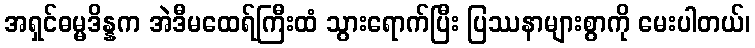
အရှင်ဓမ္မဒိန္နက အဲဒီမထေရ်ကြီးထံ သွားရောက်ပြီး ပြဿနာများစွာကို မေးပါတယ်၊